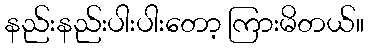
နည်းနည်းပါးပါးတော့ ကြားမိတယ်။